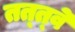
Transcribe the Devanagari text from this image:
तत्‍त्‍वे